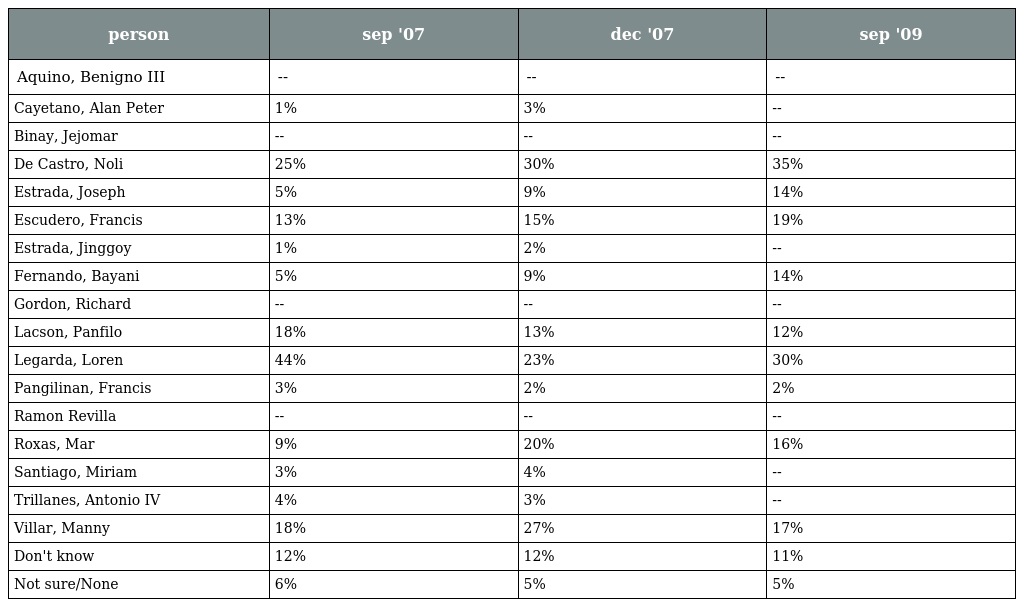
| person | sep '07 | dec '07 | sep '09 |
 | --- | --- | --- | --- |
 | Aquino, Benigno III | -- | -- | -- |
 | Cayetano, Alan Peter | 1% | 3% | -- |
 | Binay, Jejomar | -- | -- | -- |
 | De Castro, Noli | 25% | 30% | 35% |
 | Estrada, Joseph | 5% | 9% | 14% |
 | Escudero, Francis | 13% | 15% | 19% |
 | Estrada, Jinggoy | 1% | 2% | -- |
 | Fernando, Bayani | 5% | 9% | 14% |
 | Gordon, Richard | -- | -- | -- |
 | Lacson, Panfilo | 18% | 13% | 12% |
 | Legarda, Loren | 44% | 23% | 30% |
 | Pangilinan, Francis | 3% | 2% | 2% |
 | Ramon Revilla | -- | -- | -- |
 | Roxas, Mar | 9% | 20% | 16% |
 | Santiago, Miriam | 3% | 4% | -- |
 | Trillanes, Antonio IV | 4% | 3% | -- |
 | Villar, Manny | 18% | 27% | 17% |
 | Don't know | 12% | 12% | 11% |
 | Not sure/None | 6% | 5% | 5% |